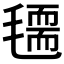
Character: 𣰃